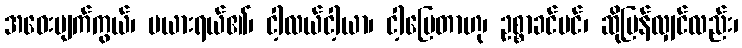
အဝေးမျက်ကွယ်၊ မယားရယ်၏၊ ငါ့လယ်ငါ့ယာ၊ ငါ့မြေတာဟု၊ ဥစ္စာခင်မင်၊ ဆိုပြန်လျှင်လည်း၊